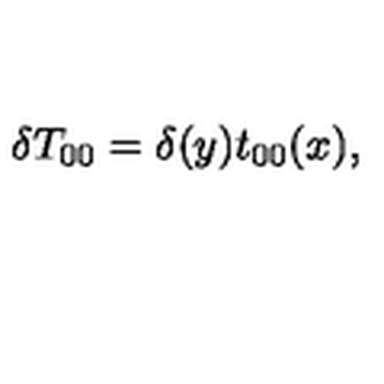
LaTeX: \delta T _ { 0 0 } = \delta ( y ) t _ { 0 0 } ( x ) ,